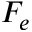
F _ { e }